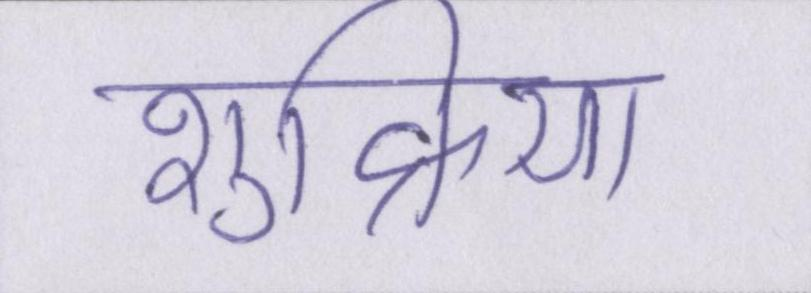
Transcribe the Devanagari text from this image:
शुक्रिया